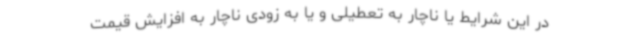
در این شرایط یا ناچار به تعطیلی و یا به زودی ناچار به افزایش قیمت